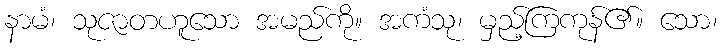
နာမံ၊ သုဇာတဟူသော အမည်ကို။ အကံသု၊ မှည့်ကြကုန်၏။ သော၊